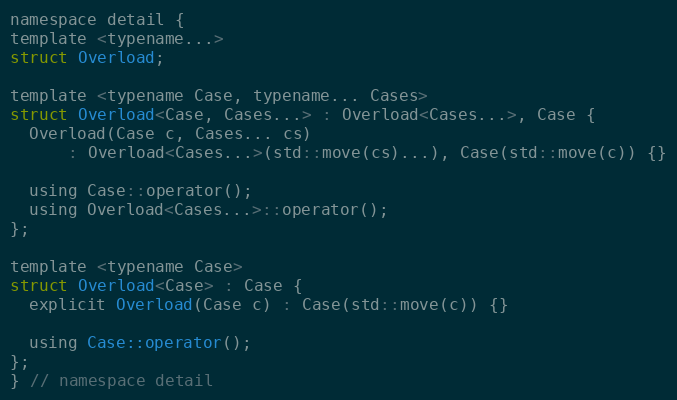
Language: C
namespace detail {
template <typename...>
struct Overload;

template <typename Case, typename... Cases>
struct Overload<Case, Cases...> : Overload<Cases...>, Case {
  Overload(Case c, Cases... cs)
      : Overload<Cases...>(std::move(cs)...), Case(std::move(c)) {}

  using Case::operator();
  using Overload<Cases...>::operator();
};

template <typename Case>
struct Overload<Case> : Case {
  explicit Overload(Case c) : Case(std::move(c)) {}

  using Case::operator();
};
} // namespace detail